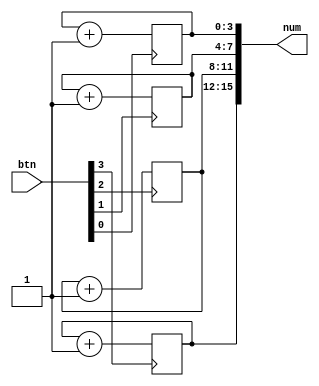
/*
Module Name: CreateNumber
Description:
  To change the value printed on Arduino using btns.
  You will get a initial value printed as the para. INIT_HEXES defined.
  After each pression on btn, a number will increase by 1.
*/

module CreateNumber#(
  parameter INIT_HEXES = 16'b1010_1011_1100_1101 // Init with "AbCd"
) (
  input[3:0] btn,
  output reg[15:0] num
);
  wire[3:0] A, B, C, D;

  initial num <= INIT_HEXES;

  // A(the next num[3:0]) is always greater than current num[3:0] by 1
  assign A = num[ 3: 0] + 4'd1;
  assign B = num[ 7: 4] + 4'd1;
  assign C = num[11: 8] + 4'd1;
  assign D = num[15:12] + 4'd1;

  // When pressing btn[0] num[3:0]++
  always @(posedge btn[0]) num[ 3: 0] <= A;
  always @(posedge btn[1]) num[ 7: 4] <= B;
  always @(posedge btn[2]) num[11: 8] <= C;
  always @(posedge btn[3]) num[15:12] <= D;

endmodule